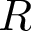
R